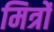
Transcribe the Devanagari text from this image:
मित्रोंं